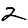
Digit: 2